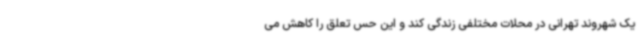
یک شهروند تهرانی در محلات مختلفی زندگی کند و این حس تعلق را کاهش می